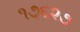
૧૭૬૨૭